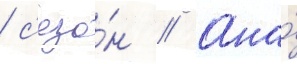
/ с'езо́н // Она́